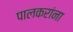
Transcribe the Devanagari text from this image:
पालकरांना